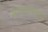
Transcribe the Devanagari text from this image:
मापाप्रमाणे